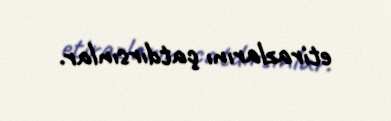
etirazlarını çatdırsınlar.